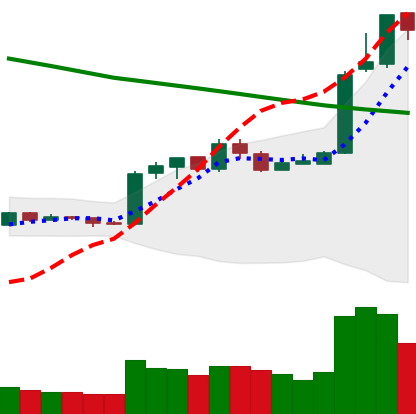
Ticker: EOS-USD
Chart end date: 2019-02-21
Forward return: -8.737%
Label: down_7plus